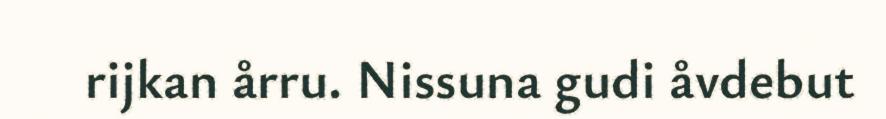
rijkan årru. Nissuna gudi åvdebut